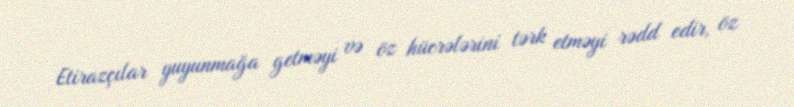
Etirazçılar yuyunmağa getməyi və öz hücrələrini tərk etməyi rədd edir, öz